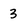
Character: 3